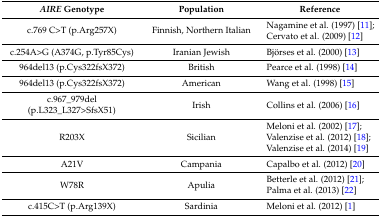
<table><thead><tr><td><b><i>AIRE</i> Genotype</b></td><td><b>Population</b></td><td><b>Reference</b></td></tr></thead><tbody><tr><td>c.769 C&gt;T (p.Arg257X)</td><td>Finnish, Northern Italian</td><td>Nagamine et al. (1997) [11]; Cervato et al. (2009) [12]</td></tr><tr><td>c.254A&gt;G (A374G, p.Tyr85Cys)</td><td>Iranian Jewish</td><td>Björses et al. (2000) [13]</td></tr><tr><td>964del13 (p.Cys322fsX372)</td><td>British</td><td>Pearce et al. (1998) [14]</td></tr><tr><td>964del13 (p.Cys322fsX372)</td><td>American</td><td>Wang et al. (1998) [15]</td></tr><tr><td>c.967_979del (p.L323_L327&gt;SfsX51)</td><td>Irish</td><td>Collins et al. (2006) [16]</td></tr><tr><td>R203X</td><td>Sicilian</td><td>Meloni et al. (2002) [17]; Valenzise et al. (2012) [18]; Valenzise et al. (2014) [19]</td></tr><tr><td>A21V</td><td>Campania</td><td>Capalbo et al. (2012) [20]</td></tr><tr><td>W78R</td><td>Apulia</td><td>Betterle et al. (2012) [21]; Palma et al. (2013) [22]</td></tr><tr><td>c.415C&gt;T (p.Arg139X)</td><td>Sardinia</td><td>Meloni et al. (2012) [1]</td></tr></tbody></table>